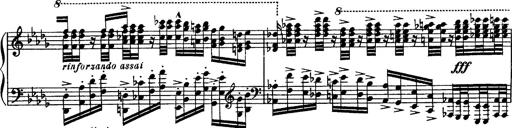
Title: Paraphrase de concert sur Rigoletto
Composer: Franz Liszt